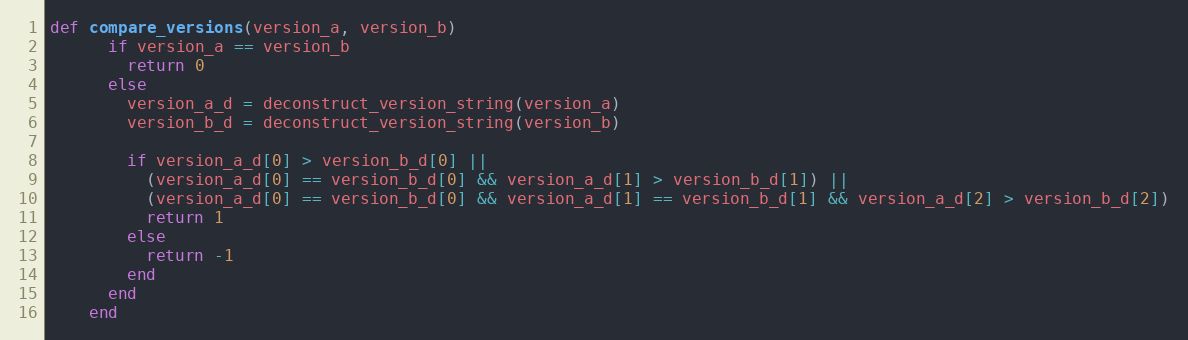
Language: Ruby
def compare_versions(version_a, version_b)
      if version_a == version_b
        return 0
      else
        version_a_d = deconstruct_version_string(version_a)
        version_b_d = deconstruct_version_string(version_b)

        if version_a_d[0] > version_b_d[0] ||
          (version_a_d[0] == version_b_d[0] && version_a_d[1] > version_b_d[1]) ||
          (version_a_d[0] == version_b_d[0] && version_a_d[1] == version_b_d[1] && version_a_d[2] > version_b_d[2])
          return 1
        else
          return -1
        end
      end
    end